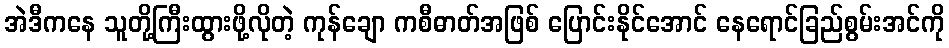
အဲဒီကနေ သူတို့ကြီးထွားဖို့လိုတဲ့ ကုန်ချော ကစီဓာတ်အဖြစ် ပြောင်းနိုင်အောင် နေရောင်ခြည်စွမ်းအင်ကို